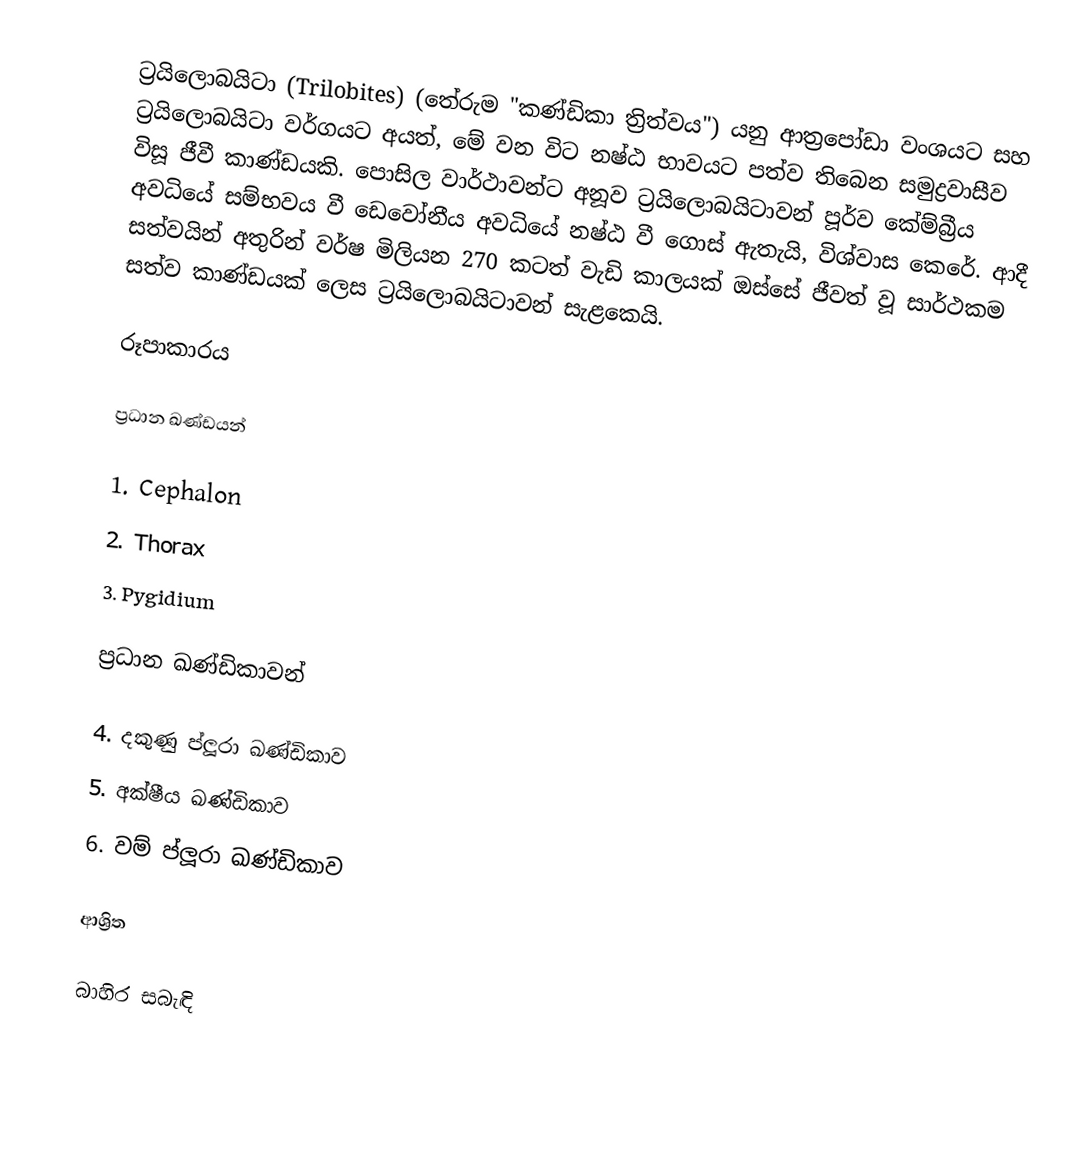
ට්‍රයිලොබයිටා (Trilobites) (තේරුම "කණ්ඩිකා ත්‍රිත්වය") යනු ආත්‍රපෝඩා වංශයට සහ ට්‍රයිලොබයිටා වර්ගයට අයත්, මේ වන විට නෂ්ඨ භාවයට පත්ව තිබෙන සමුද්‍රවාසීව විසූ ජීවී කාණ්ඩයකි. පොසිල වාර්ථාවන්ට අනූව ට්‍රයිලොබයිටාවන් පූර්ව කේම්බ්‍රීය අවධියේ සම්භවය වී ඩෙවෝනීය අවධියේ නෂ්ඨ වී ගොස් ඇතැයි, විශ්වාස කෙරේ. ආදී සත්වයින් අතුරින් වර්ෂ මිලියන 270 කටත් වැඩි කාලයක් ඔස්සේ ජීවත් වූ සාර්ථකම සත්ව කාණ්ඩයක් ලෙස ට්‍රයිලොබයිටාවන් සැළකෙයි.

රූපාකාරය

ප්‍රධාන ඛණ්ඩයන්

1. Cephalon
2. Thorax
3. Pygidium

ප්‍රධාන ඛණ්ඩිකාවන්

4. දකුණු ප්ලූරා ඛණ්ඩිකාව
5. අක්ෂීය ඛණ්ඩිකාව
6. වම් ප්ලූරා ඛණ්ඩිකාව

ආශ්‍රිත

බාහිර සබැඳි